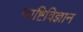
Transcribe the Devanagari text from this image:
व्यष्टिविज्ञान